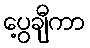
ပွေ့ချီကာ